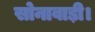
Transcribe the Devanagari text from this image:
सोनावाड़ी।